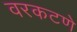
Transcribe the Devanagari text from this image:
वरकटणे